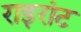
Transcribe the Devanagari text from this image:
राइरांट